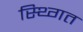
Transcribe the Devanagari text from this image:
स्थ्गित